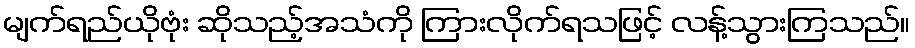
မျက်ရည်ယိုဗုံး ဆိုသည့်အသံကို ကြားလိုက်ရသဖြင့် လန့်သွားကြသည်။